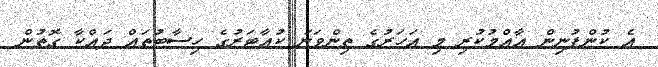
އެ ކުންފުނިން އާއްމުކުރި މި އަހަރުގެ ތިންވަނަ ކުއާޓަރުގެ ހިސާބުތައް ދައްކާ ގޮތުން